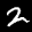
Label: 2